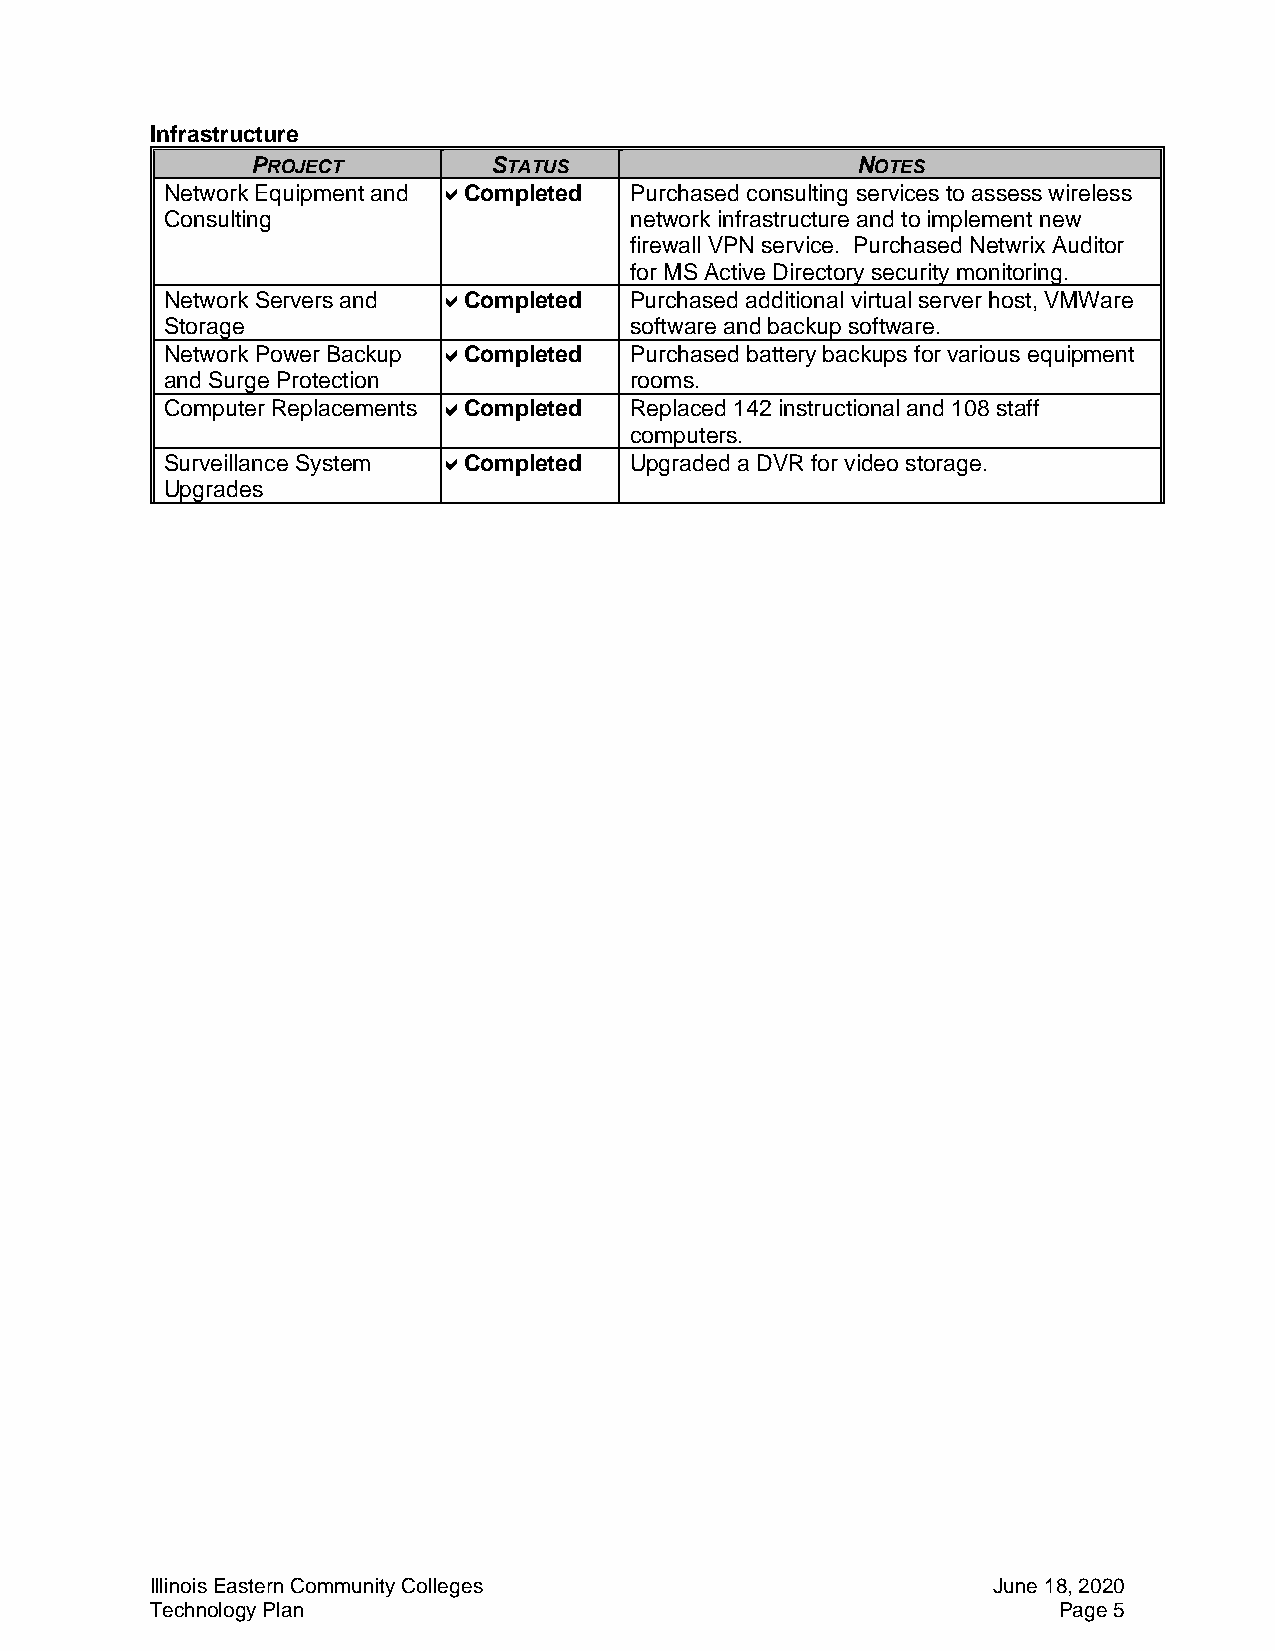
Infrastructure
 PROJECT        STATUS                   NOTES
 Network Equipment and Completed Purchased consulting services to assess wireless
 Consulting                     network infrastructure and to implement new
 firewall VPN service. Purchased Netwrix Auditor
 for MS Active Directory security monitoring.
 Network Servers and Completed Purchased additional virtual server host, VMWare
 Storage                        software and backup software.
 Network Power Backup Completed Purchased battery backups for various equipment
 and Surge Protection           rooms.
 Computer Replacements Completed Replaced 142 instructional and 108 staff
 computers.
 Surveillance System Completed Upgraded a DVR for video storage.
 Upgrades
 Illinois Eastern Community Colleges                     June 18, 2020
 Technology Plan                                             Page 5